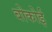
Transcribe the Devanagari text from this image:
बोकोई